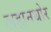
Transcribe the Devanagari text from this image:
लहानथोर